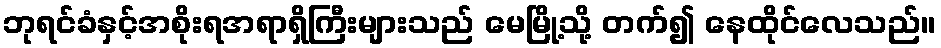
ဘုရင်ခံနှင့်အစိုးရအရာရှိကြီးများသည် မေမြို့သို့ တက်၍ နေထိုင်လေသည်။